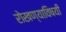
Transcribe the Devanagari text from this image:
रोखण्याविषयी